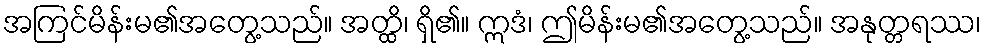
အကြင်မိန်းမ၏အတွေ့သည်။ အတ္ထိ၊ ရှိ၏။ ဣဒံ၊ ဤမိန်းမ၏အတွေ့သည်။ အနုတ္တရဿ၊